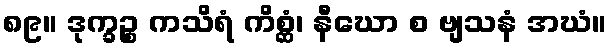
၈၉။ ဒုက္ခဉ္စ ကသိရံ ကိစ္ဆံ၊ နီဃော စ ဗျသနံ အဃံ။